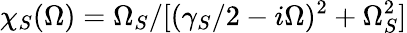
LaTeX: \chi_{S}(\Omega)=\Omega_{S}/[(\gamma_{S}/2-i\Omega)^{2}+\Omega_{S}^{2}]